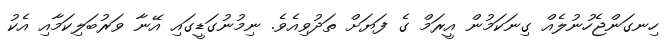
ހިނގަންޖެހުނުލެއް ގިނަކަމުން އީރަމް ގެ ފަޔަށް ތަދުވިއެވެ. ނިމުނުގަޑީގައި އޭނާ ވަރުބަލިކަމާއި އެކު